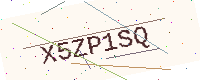
Text: X5ZP1SQ